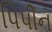
પિપીન